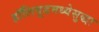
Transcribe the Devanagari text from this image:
हॉलिवूडमध्येसुद्धा